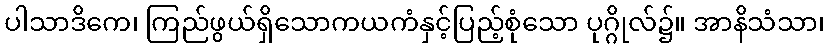
ပါသာဒိကေ၊ ကြည်ဖွယ်ရှိသောကယကံနှင့်ပြည့်စုံသော ပုဂ္ဂိုလ်၌။ အာနိသံသာ၊